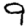
Digit: 9